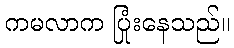
ကမလာက ပြုံးနေသည်။